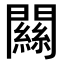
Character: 𨶹